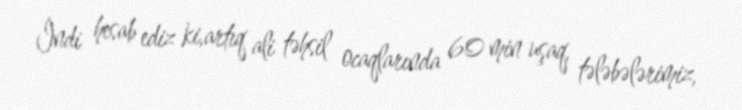
İndi hesab ediz ki,artıq ali təhsil ocaqlarında 60 min uşaq, tələbələrimiz,